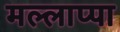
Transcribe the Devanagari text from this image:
मल्लाप्पा